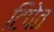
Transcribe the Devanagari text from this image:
टिपेत